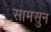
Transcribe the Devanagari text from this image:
सामसुन